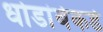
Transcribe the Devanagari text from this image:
धोडांबेकडे